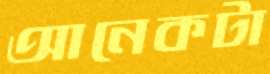
আনেকটা